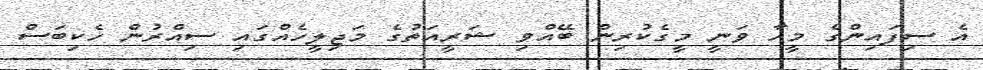
އެ ސިފައިންގެ މީހާ ވަނީ މީގެކުރިން ބޭއްވި ޝަރީއަތުގެ މަޖިލީހެއްގައި ސިއްރުން ހެކިބަސް